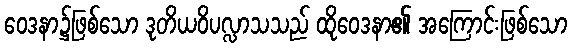
ဝေဒနာ၌ဖြစ်သော ဒုတိယဝိပလ္လာသသည် ထိုဝေဒနာ၏ အကြောင်းဖြစ်သော